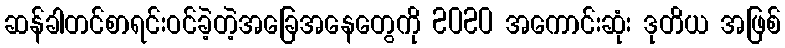
ဆန်ခါတင်စာရင်းဝင်ခဲ့တဲ့အခြေအနေတွေကို 2020 အကောင်းဆုံး ဒုတိယ အဖြစ်